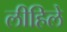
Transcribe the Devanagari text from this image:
लीहिले